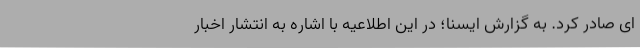
ای صادر کرد. به گزارش ایسنا؛ در این اطلاعیه با اشاره به انتشار اخبار